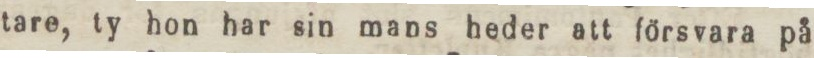
tare, ty hon har sin mans heder att försvara på